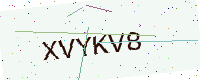
Text: XVYKV8